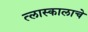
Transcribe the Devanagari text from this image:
त्लास्कालाचे